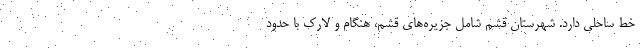
خط ساحلی دارد. شهرستان قشم شامل جزیره‌های قشم، هنگام و لارک با حدود